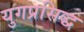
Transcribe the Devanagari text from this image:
युगप्रसिद्ध